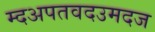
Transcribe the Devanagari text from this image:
म्दअपतवदउमदज